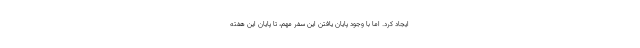
ایجاد کرد. اما با وجود پایان یافتن این سفر مهم، تا پایان این هفته